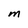
Character: M